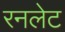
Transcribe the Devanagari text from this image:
रनलेट